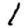
Digit: 1